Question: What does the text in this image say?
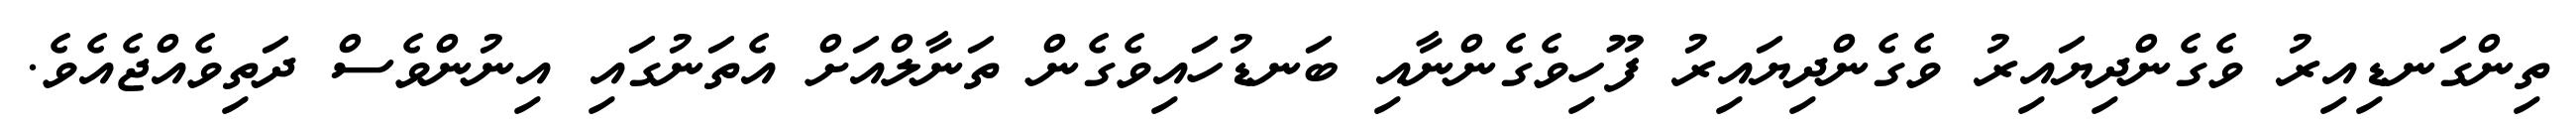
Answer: ތިންގަނޑިއިރު ވެގެންދިޔައިރު ވެގެންދިޔައިރު ފޫހިވެގެންނާއި ބަނޑުހައިވެގެން ތަނާލްއަށް އެތަނުގައި އިނުންވެސް ދަތިވެއްޖެއެވެ.